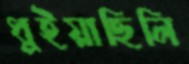
ধুইয়াছিলি